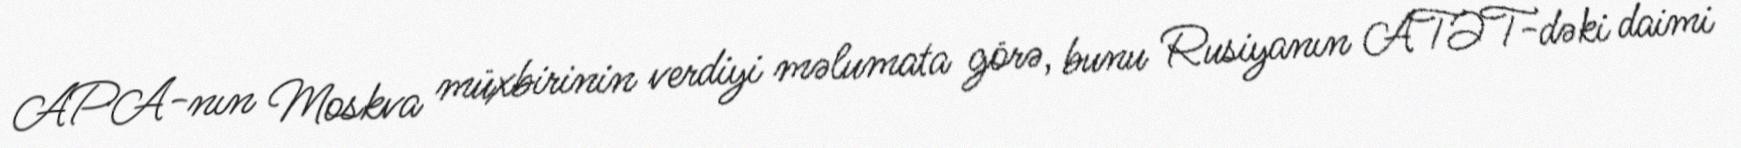
APA-nın Moskva müxbirinin verdiyi məlumata görə, bunu Rusiyanın ATƏT-dəki daimi